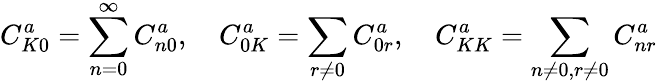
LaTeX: C_{K0}^{a}=\displaystyle\sum_{n=0}^{\infty}C_{n0}^{a},\quad C_{0K}^{a}=\displaystyle\sum_{r\neq 0}C_{0r}^{a},\quad C_{KK}^{a}=\sum_{n\neq 0,r\neq 0}C_{nr}^{a}